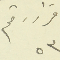
قرار رقم ٥٣